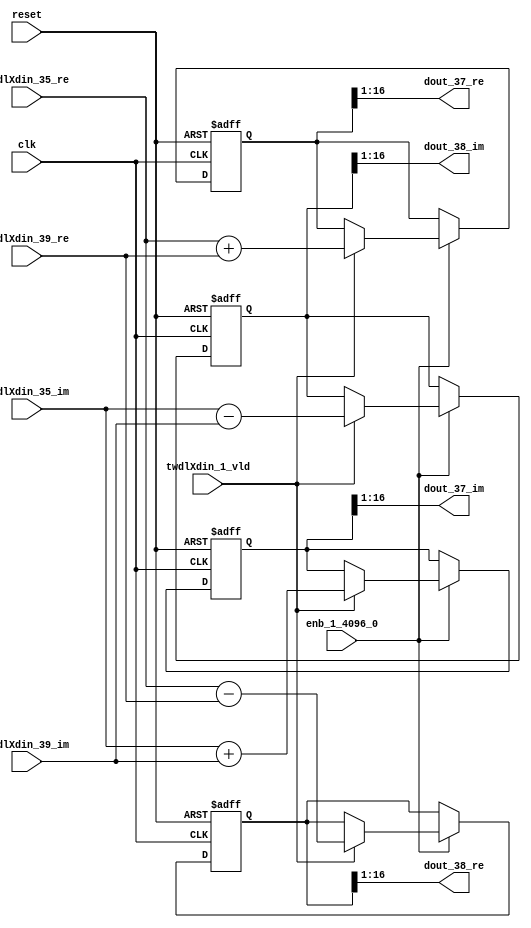
// -------------------------------------------------------------
// 
// 
// Generated by MATLAB 9.14 and HDL Coder 4.1
// 
// -------------------------------------------------------------


// -------------------------------------------------------------
// 
// Module: RADIX22FFT_SDNF1_5_block17
// Source Path: dsphdl.IFFT/RADIX22FFT_SDNF1_5
// Hierarchy Level: 4
// 
// -------------------------------------------------------------

`timescale 1 ns / 1 ns

module RADIX22FFT_SDNF1_5_block17
          (clk,
           reset,
           enb_1_4096_0,
           twdlXdin_35_re,
           twdlXdin_35_im,
           twdlXdin_39_re,
           twdlXdin_39_im,
           twdlXdin_1_vld,
           dout_37_re,
           dout_37_im,
           dout_38_re,
           dout_38_im);


  input   clk;
  input   reset;
  input   enb_1_4096_0;
  input   signed [15:0] twdlXdin_35_re;  // sfix16_En14
  input   signed [15:0] twdlXdin_35_im;  // sfix16_En14
  input   signed [15:0] twdlXdin_39_re;  // sfix16_En14
  input   signed [15:0] twdlXdin_39_im;  // sfix16_En14
  input   twdlXdin_1_vld;
  output  signed [15:0] dout_37_re;  // sfix16_En14
  output  signed [15:0] dout_37_im;  // sfix16_En14
  output  signed [15:0] dout_38_re;  // sfix16_En14
  output  signed [15:0] dout_38_im;  // sfix16_En14


  reg signed [16:0] Radix22ButterflyG1_NF_btf1_re_reg;  // sfix17
  reg signed [16:0] Radix22ButterflyG1_NF_btf1_im_reg;  // sfix17
  reg signed [16:0] Radix22ButterflyG1_NF_btf2_re_reg;  // sfix17
  reg signed [16:0] Radix22ButterflyG1_NF_btf2_im_reg;  // sfix17
  reg  Radix22ButterflyG1_NF_dinXtwdl_vld_dly1;
  reg signed [16:0] Radix22ButterflyG1_NF_btf1_re_reg_next;  // sfix17_En14
  reg signed [16:0] Radix22ButterflyG1_NF_btf1_im_reg_next;  // sfix17_En14
  reg signed [16:0] Radix22ButterflyG1_NF_btf2_re_reg_next;  // sfix17_En14
  reg signed [16:0] Radix22ButterflyG1_NF_btf2_im_reg_next;  // sfix17_En14
  reg  Radix22ButterflyG1_NF_dinXtwdl_vld_dly1_next;
  reg signed [15:0] dout_37_re_1;  // sfix16_En14
  reg signed [15:0] dout_37_im_1;  // sfix16_En14
  reg signed [15:0] dout_38_re_1;  // sfix16_En14
  reg signed [15:0] dout_38_im_1;  // sfix16_En14
  reg  dout_37_vld;
  reg signed [16:0] Radix22ButterflyG1_NF_add_cast;  // sfix17_En14
  reg signed [16:0] Radix22ButterflyG1_NF_add_cast_0;  // sfix17_En14
  reg signed [16:0] Radix22ButterflyG1_NF_sra_temp;  // sfix17_En14
  reg signed [16:0] Radix22ButterflyG1_NF_sub_cast;  // sfix17_En14
  reg signed [16:0] Radix22ButterflyG1_NF_sub_cast_0;  // sfix17_En14
  reg signed [16:0] Radix22ButterflyG1_NF_sra_temp_0;  // sfix17_En14
  reg signed [16:0] Radix22ButterflyG1_NF_add_cast_1;  // sfix17_En14
  reg signed [16:0] Radix22ButterflyG1_NF_add_cast_2;  // sfix17_En14
  reg signed [16:0] Radix22ButterflyG1_NF_sra_temp_1;  // sfix17_En14
  reg signed [16:0] Radix22ButterflyG1_NF_sub_cast_1;  // sfix17_En14
  reg signed [16:0] Radix22ButterflyG1_NF_sub_cast_2;  // sfix17_En14
  reg signed [16:0] Radix22ButterflyG1_NF_sra_temp_2;  // sfix17_En14


  // Radix22ButterflyG1_NF
  always @(posedge clk or posedge reset)
    begin : Radix22ButterflyG1_NF_process
      if (reset == 1'b1) begin
        Radix22ButterflyG1_NF_btf1_re_reg <= 17'sb00000000000000000;
        Radix22ButterflyG1_NF_btf1_im_reg <= 17'sb00000000000000000;
        Radix22ButterflyG1_NF_btf2_re_reg <= 17'sb00000000000000000;
        Radix22ButterflyG1_NF_btf2_im_reg <= 17'sb00000000000000000;
        Radix22ButterflyG1_NF_dinXtwdl_vld_dly1 <= 1'b0;
      end
      else begin
        if (enb_1_4096_0) begin
          Radix22ButterflyG1_NF_btf1_re_reg <= Radix22ButterflyG1_NF_btf1_re_reg_next;
          Radix22ButterflyG1_NF_btf1_im_reg <= Radix22ButterflyG1_NF_btf1_im_reg_next;
          Radix22ButterflyG1_NF_btf2_re_reg <= Radix22ButterflyG1_NF_btf2_re_reg_next;
          Radix22ButterflyG1_NF_btf2_im_reg <= Radix22ButterflyG1_NF_btf2_im_reg_next;
          Radix22ButterflyG1_NF_dinXtwdl_vld_dly1 <= Radix22ButterflyG1_NF_dinXtwdl_vld_dly1_next;
        end
      end
    end

  always @(Radix22ButterflyG1_NF_btf1_im_reg, Radix22ButterflyG1_NF_btf1_re_reg,
       Radix22ButterflyG1_NF_btf2_im_reg, Radix22ButterflyG1_NF_btf2_re_reg,
       Radix22ButterflyG1_NF_dinXtwdl_vld_dly1, twdlXdin_1_vld, twdlXdin_35_im,
       twdlXdin_35_re, twdlXdin_39_im, twdlXdin_39_re) begin
    Radix22ButterflyG1_NF_add_cast = 17'sb00000000000000000;
    Radix22ButterflyG1_NF_add_cast_0 = 17'sb00000000000000000;
    Radix22ButterflyG1_NF_sub_cast = 17'sb00000000000000000;
    Radix22ButterflyG1_NF_sub_cast_0 = 17'sb00000000000000000;
    Radix22ButterflyG1_NF_add_cast_1 = 17'sb00000000000000000;
    Radix22ButterflyG1_NF_add_cast_2 = 17'sb00000000000000000;
    Radix22ButterflyG1_NF_sub_cast_1 = 17'sb00000000000000000;
    Radix22ButterflyG1_NF_sub_cast_2 = 17'sb00000000000000000;
    Radix22ButterflyG1_NF_btf1_re_reg_next = Radix22ButterflyG1_NF_btf1_re_reg;
    Radix22ButterflyG1_NF_btf1_im_reg_next = Radix22ButterflyG1_NF_btf1_im_reg;
    Radix22ButterflyG1_NF_btf2_re_reg_next = Radix22ButterflyG1_NF_btf2_re_reg;
    Radix22ButterflyG1_NF_btf2_im_reg_next = Radix22ButterflyG1_NF_btf2_im_reg;
    Radix22ButterflyG1_NF_dinXtwdl_vld_dly1_next = twdlXdin_1_vld;
    if (twdlXdin_1_vld) begin
      Radix22ButterflyG1_NF_add_cast = {twdlXdin_35_re[15], twdlXdin_35_re};
      Radix22ButterflyG1_NF_add_cast_0 = {twdlXdin_39_re[15], twdlXdin_39_re};
      Radix22ButterflyG1_NF_btf1_re_reg_next = Radix22ButterflyG1_NF_add_cast + Radix22ButterflyG1_NF_add_cast_0;
      Radix22ButterflyG1_NF_sub_cast = {twdlXdin_35_re[15], twdlXdin_35_re};
      Radix22ButterflyG1_NF_sub_cast_0 = {twdlXdin_39_re[15], twdlXdin_39_re};
      Radix22ButterflyG1_NF_btf2_re_reg_next = Radix22ButterflyG1_NF_sub_cast - Radix22ButterflyG1_NF_sub_cast_0;
      Radix22ButterflyG1_NF_add_cast_1 = {twdlXdin_35_im[15], twdlXdin_35_im};
      Radix22ButterflyG1_NF_add_cast_2 = {twdlXdin_39_im[15], twdlXdin_39_im};
      Radix22ButterflyG1_NF_btf1_im_reg_next = Radix22ButterflyG1_NF_add_cast_1 + Radix22ButterflyG1_NF_add_cast_2;
      Radix22ButterflyG1_NF_sub_cast_1 = {twdlXdin_35_im[15], twdlXdin_35_im};
      Radix22ButterflyG1_NF_sub_cast_2 = {twdlXdin_39_im[15], twdlXdin_39_im};
      Radix22ButterflyG1_NF_btf2_im_reg_next = Radix22ButterflyG1_NF_sub_cast_1 - Radix22ButterflyG1_NF_sub_cast_2;
    end
    Radix22ButterflyG1_NF_sra_temp = Radix22ButterflyG1_NF_btf1_re_reg >>> 8'd1;
    dout_37_re_1 = Radix22ButterflyG1_NF_sra_temp[15:0];
    Radix22ButterflyG1_NF_sra_temp_0 = Radix22ButterflyG1_NF_btf1_im_reg >>> 8'd1;
    dout_37_im_1 = Radix22ButterflyG1_NF_sra_temp_0[15:0];
    Radix22ButterflyG1_NF_sra_temp_1 = Radix22ButterflyG1_NF_btf2_re_reg >>> 8'd1;
    dout_38_re_1 = Radix22ButterflyG1_NF_sra_temp_1[15:0];
    Radix22ButterflyG1_NF_sra_temp_2 = Radix22ButterflyG1_NF_btf2_im_reg >>> 8'd1;
    dout_38_im_1 = Radix22ButterflyG1_NF_sra_temp_2[15:0];
    dout_37_vld = Radix22ButterflyG1_NF_dinXtwdl_vld_dly1;
  end



  assign dout_37_re = dout_37_re_1;

  assign dout_37_im = dout_37_im_1;

  assign dout_38_re = dout_38_re_1;

  assign dout_38_im = dout_38_im_1;

endmodule  // RADIX22FFT_SDNF1_5_block17